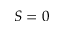
S = 0